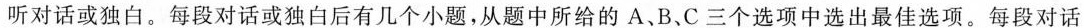
听对话或独白。每段对话或独白后有几个小题，从题中所给的 A、B、C三个选项中选出最佳选项。每段对话